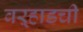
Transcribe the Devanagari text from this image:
वऱ्हाडची